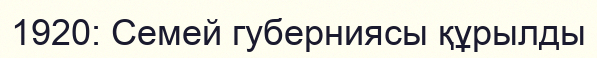
1920: Семей губерниясы құрылды